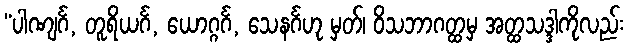
“ပါဏျင်္ဂ, တူရိယင်္ဂ, ယောဂ္ဂင်္ဂ, သေနင်္ဂဟု မှတ်၊ ဝိသဘာဂတ္ထမှ အတ္ထသဒ္ဒါကိုလည်း